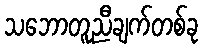
သဘောတူညီချက်တစ်ခု